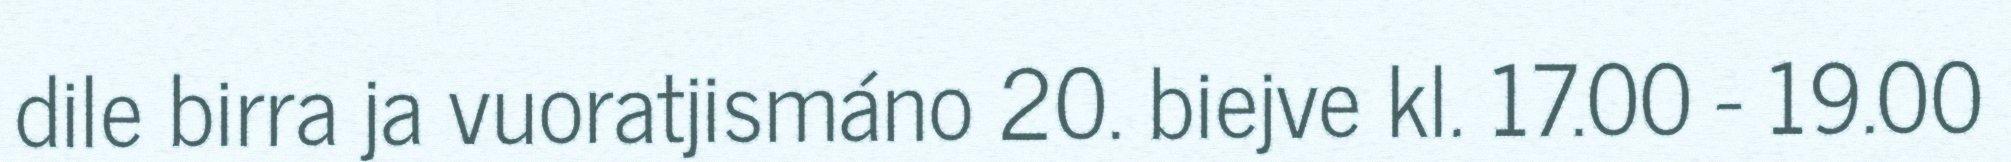
dile birra ja vuoratjismáno 20. biejve kl. 17.00 - 19.00